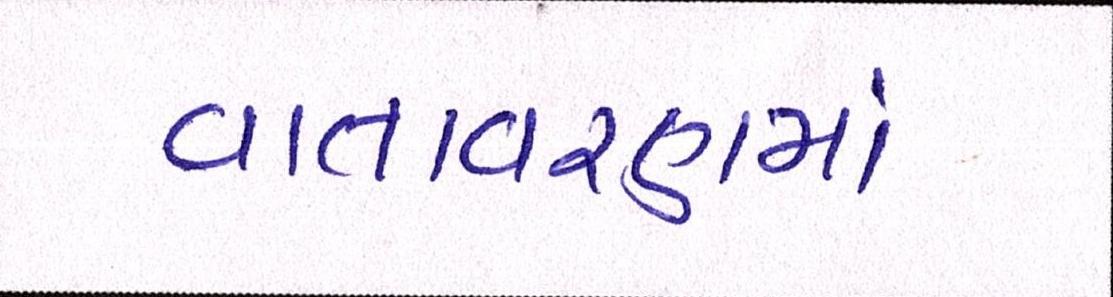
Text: વાતાવરણમાં